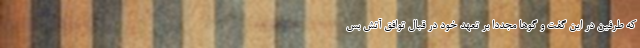
که طرفین در این گفت و گوها مجدداً بر تعهد خود در قبال توافق آتش بس